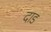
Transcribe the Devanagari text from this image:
दाड